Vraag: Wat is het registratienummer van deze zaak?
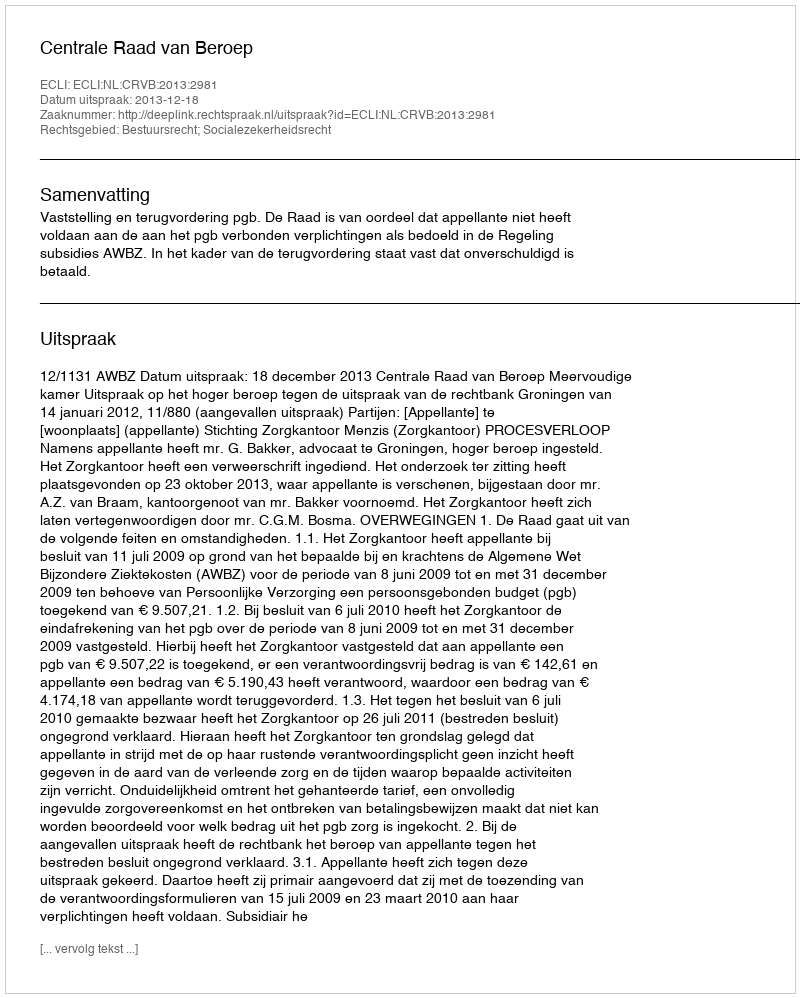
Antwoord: http://deeplink.rechtspraak.nl/uitspraak?id=ECLI:NL:CRVB:2013:2981